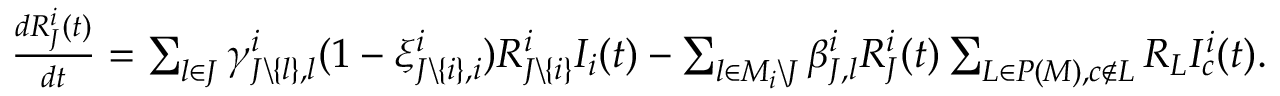
\begin{array} { l } { \frac { d R _ { J } ^ { i } ( t ) } { d t } = \sum _ { l \in J } \gamma _ { J \backslash \{ l \} , l } ^ { i } ( 1 - \xi _ { J \backslash \{ i \} , i } ^ { i } ) R _ { J \backslash \{ i \} } ^ { i } I _ { i } ( t ) - \sum _ { l \in M _ { i } \backslash J } \beta _ { J , l } ^ { i } R _ { J } ^ { i } ( t ) \sum _ { L \in P ( M ) , c \not \in L } R _ { L } I _ { c } ^ { i } ( t ) . } \end{array}